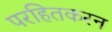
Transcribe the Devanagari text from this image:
परहितकरन